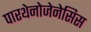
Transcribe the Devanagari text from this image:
पारथेनोजेनेसिस